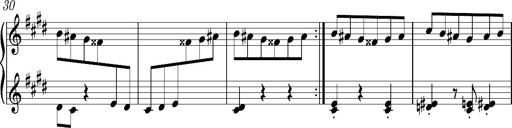
Title: Valses oubliÃ©es
Composer: Franz Liszt